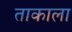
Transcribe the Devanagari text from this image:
ताकाला